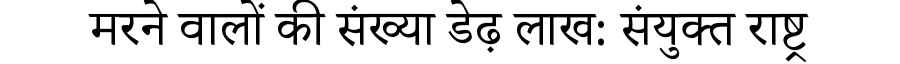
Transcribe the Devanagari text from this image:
मरने वालों की संख्या डेढ़ लाख: संयुक्त राष्ट्र